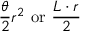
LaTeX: { \frac { \theta } { 2 } } r ^ { 2 } \ { \mathrm { o r } } \ { \frac { L \cdot r } { 2 } } \,